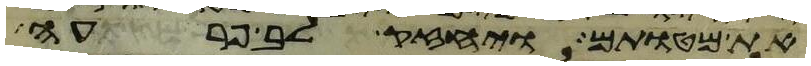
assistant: את מטותם ויחזק לב פרעה